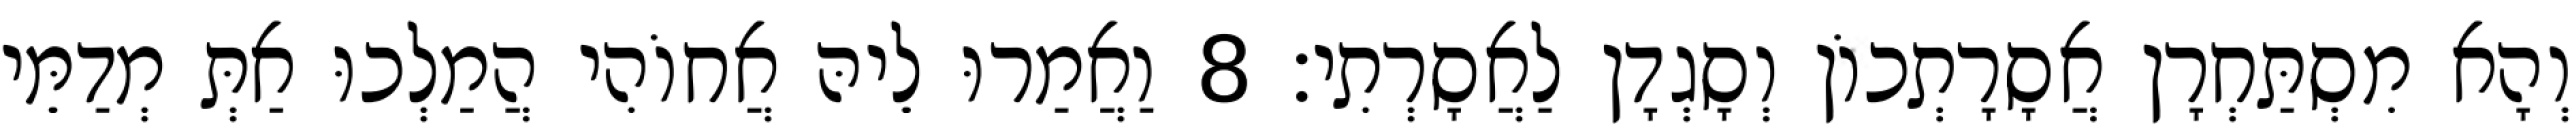
וְהָא מִסְתַּחְרָן אֲסָרָתְכוֹן וְסָגְדָן לַאֲסָרְתִי׃ 8 וַאֲמַרוּ לֵיהּ אֲחוֹהִי הֲמַלְכוּ אַתְּ מְדַמֵּי